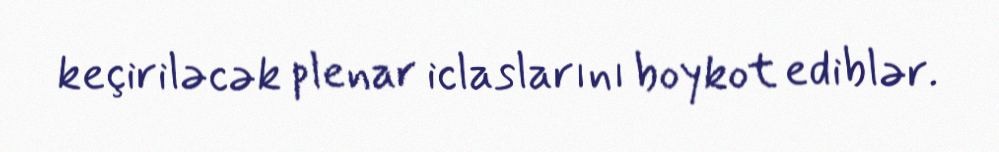
keçiriləcək plenar iclaslarını boykot ediblər.